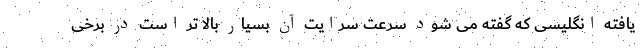
یافته انگلیسی که گفته می شود سرعت سرایت آن بسیار بالا تر است در برخی